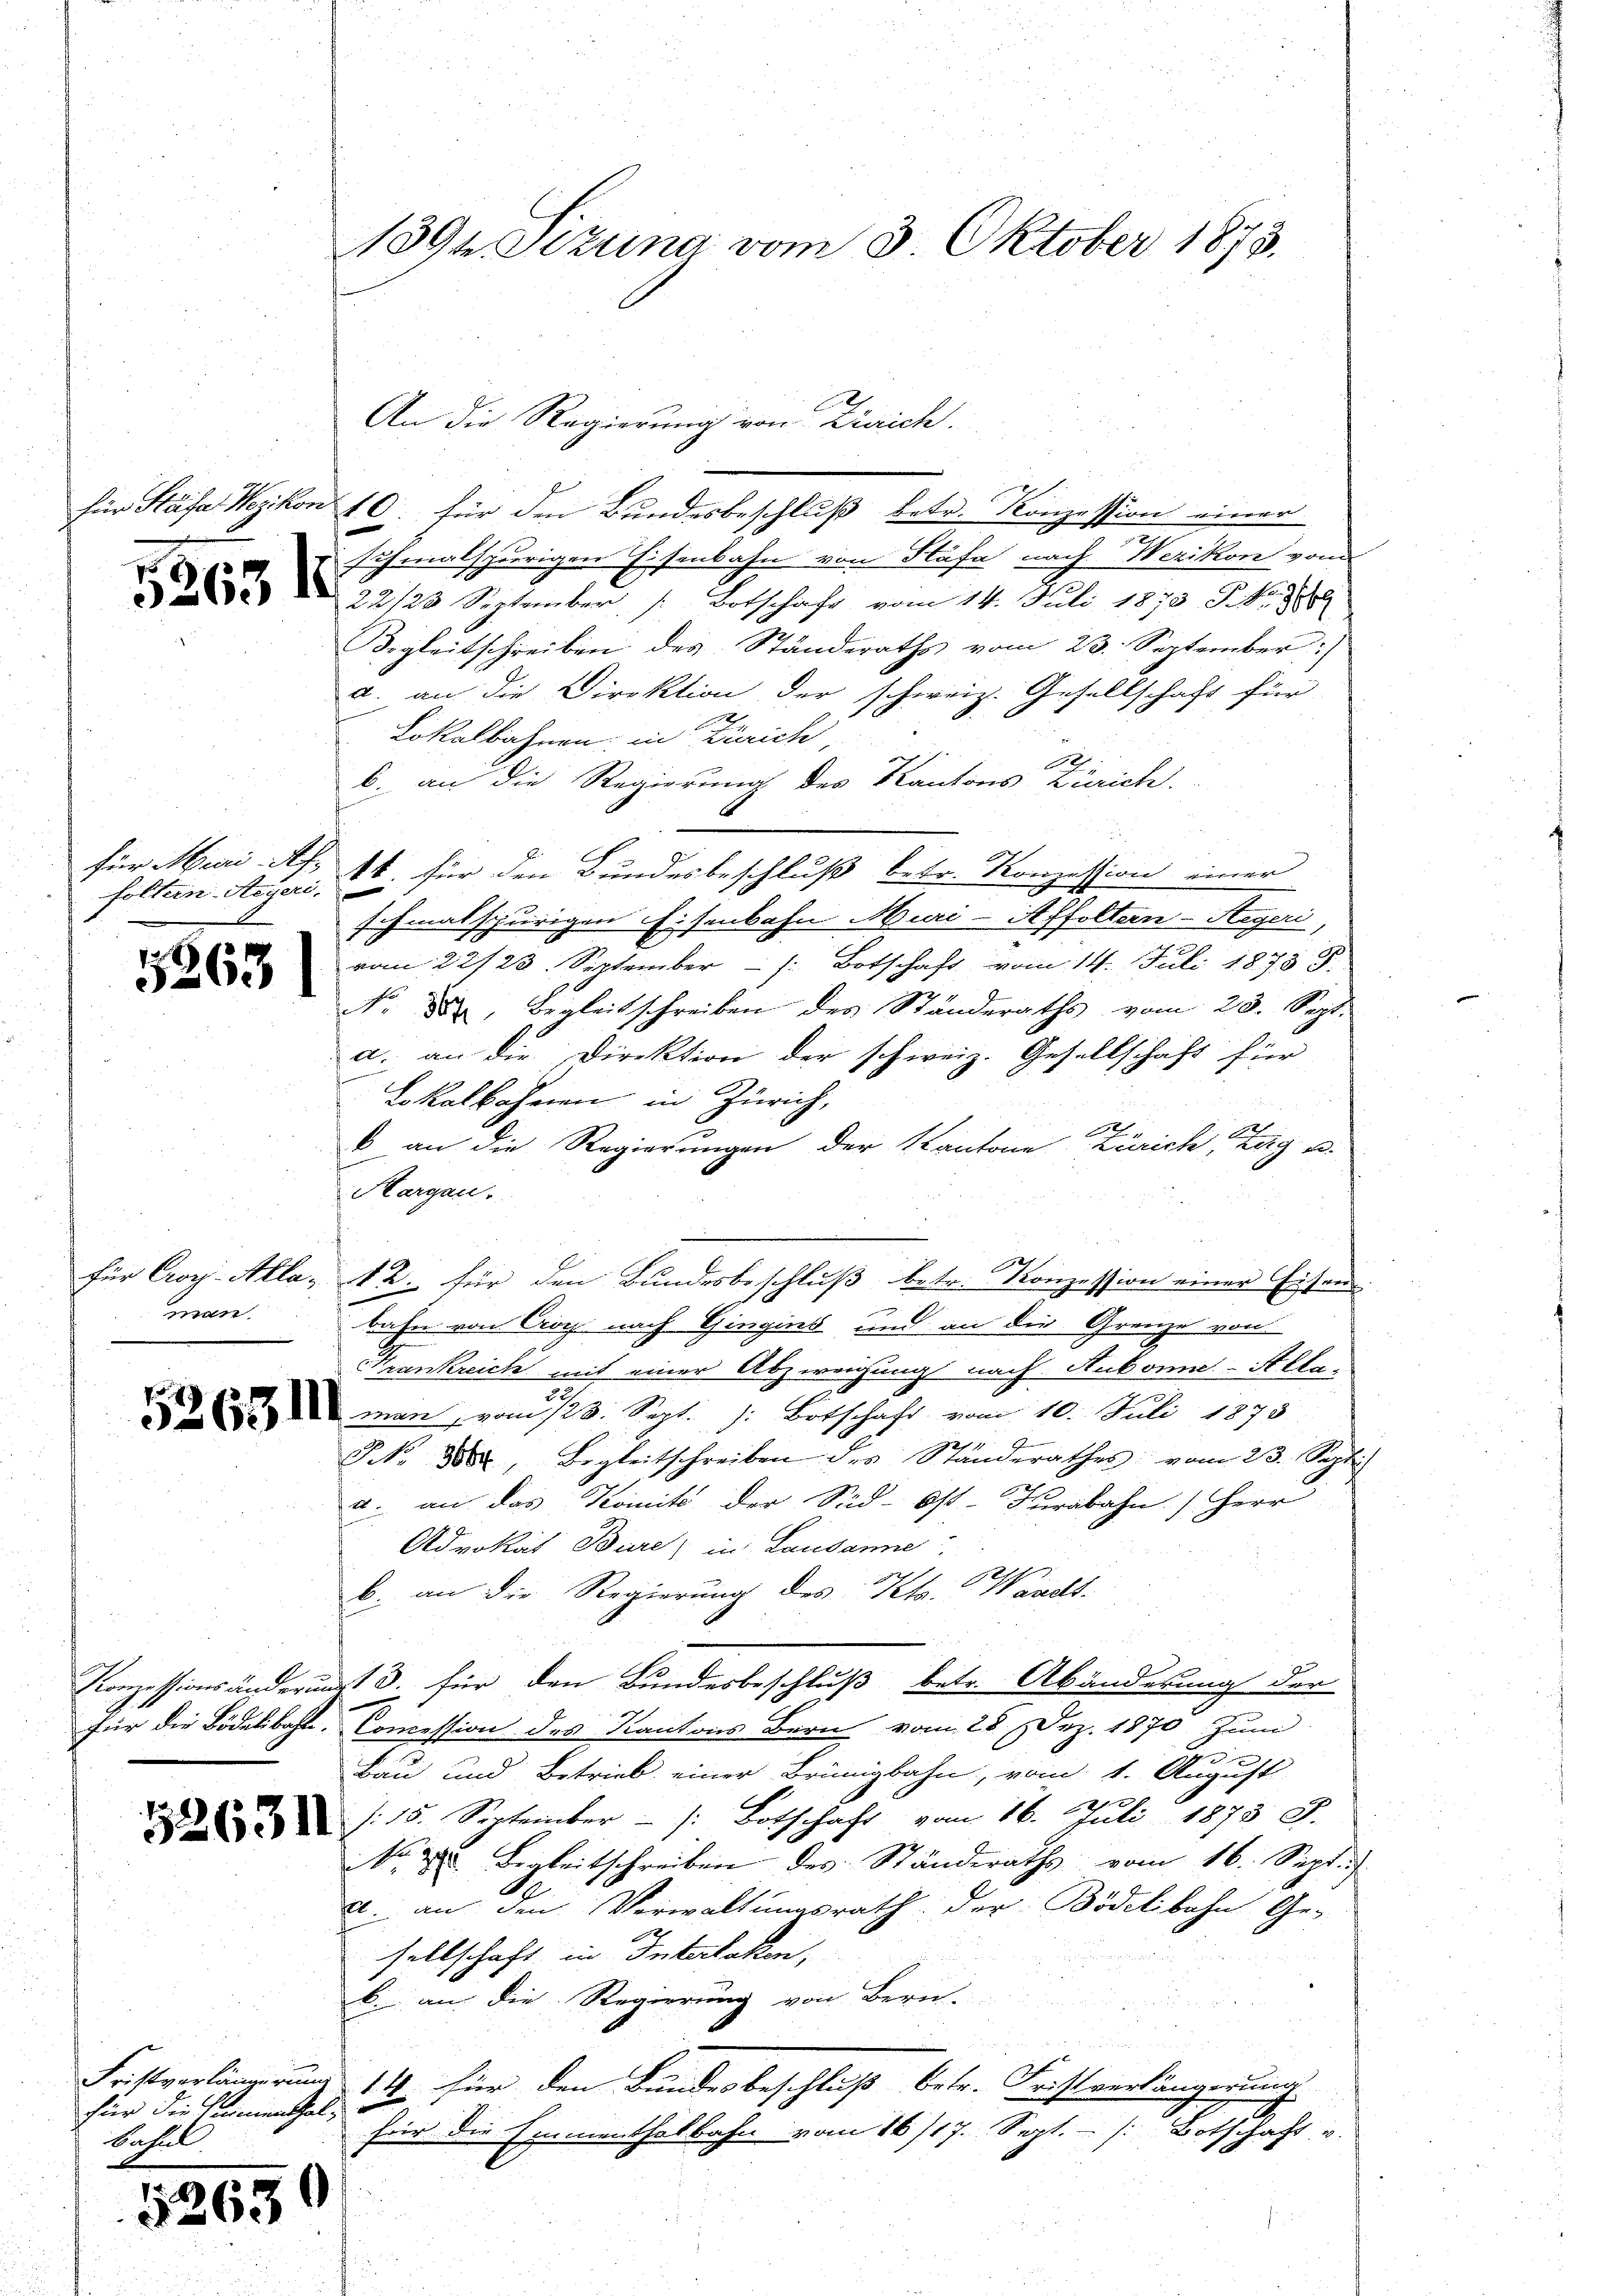
für Muri Ar

5263

man

für die Heimenthal¬
Bahnl

5263

139t Pizuna vom 3. Oktober 1878.

An die Regierung von Zürich.
für Stäfa Wezikon 10. für den Bundesbeschluß betr. Konzession einer
.
schmalspurigen Eisenbahn von Stäfa nach Werikon vom
 22/23 September s. Botschaft vom 14. Juli 1870 Fr. Tobl
gleitschreiben des Ständeraths vom 23. September)
a. an die Direktion der schweiz. Gesellschaft für
Lokalbahnen; in Zürich,
b. an die Regierung des Kantons Zürich.
folten Aeger, 14. für den Bundesbeschluß betr. Konzession einer
schmalspurigen Eisenbahn Muri-Affoltern-Stegeri,
vom 22/23. September  /: Botschaft vom 14. Juli 1878 S.
No 88, Begleitschreiben des Ständeraths vom 23. Sept.
a. an die Direktion der schweiz. Gesellschaft für
Lokalbahnen in Zürich,
2
 an die Regierŭngen der Kantone Zürich, Zug u.
Margau.
1
für Croy. Alla, 12. für den Bundesbeschluß betr. Konzession einer Eisens
n
bahn von Crog nach Gingins und an die Grenze von
Frankreich mit einer Abzweigung nach Aubonner-Allaman, vom 123. Sept. 1: Botschaft vom 10. Juli 1873
NNo. 8888, Begleitschreiben des Ständerathes vom 23. Sept.
a. an das Komité der Süd- Ost-Turabahn. Herr
Advokat Bure) in Lausanne
b. an die Regierung des Kts. Waadt-
Conzessionsänderung d. für den Bundesbeschluß betr. Abänderung der
für die Bödelibahl. Comession des Kantons Bern vom 28 Dez. 1870 zum
f
Bau und Betrieb einer Brünigbahn, vom 1. August
/. 15. September  /: Botschaft vom 16. Juli 1878 J.
No. 2. B. leitschreiben des Ständeraths vom 16. Sept.
A
a. an den Verwaltungsrath der Bödelibahn Ge-
sellschaft in Intertaten,
b. an die Regierung von Bern.
Fristverlängerung 14 für den Bundesbeschluß betr. Fristverlängerung.
für die Emmenthalbahn vom 16/17. Sept. - . Botschaft u.